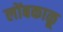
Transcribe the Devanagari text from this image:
लोंबकाळू